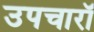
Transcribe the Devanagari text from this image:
उपचारॉ